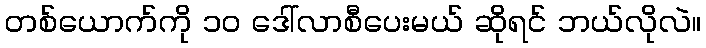
တစ်ယောက်ကို ၁၀ ဒေါ်လာစီပေးမယ် ဆိုရင် ဘယ်လိုလဲ။